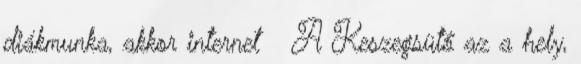
diákmunka, akkor internet → A Keszegsütő az a hely,